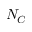
N _ { C }